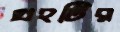
গ্রহটির